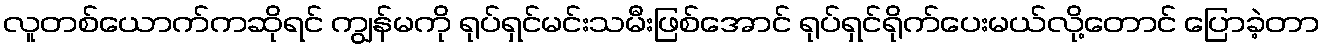
လူတစ်ယောက်ကဆိုရင် ကျွန်မကို ရုပ်ရှင်မင်းသမီးဖြစ်အောင် ရုပ်ရှင်ရိုက်ပေးမယ်လို့တောင် ပြောခဲ့တာ